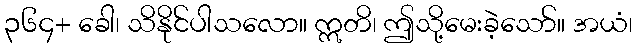
၃၆၄+ ခေါ၊ သိနိုင်ပါသလော။ ဣတိ၊ ဤသို့မေးခဲ့သော်။ အယံ၊